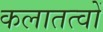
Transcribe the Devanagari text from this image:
कलातत्वों